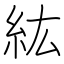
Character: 紘